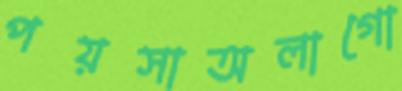
পয়সাঅলাগো